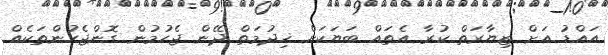
އައްޑު އަށް ޒިޔާރަތް ކުރާ އެތައް ބަޔަކަށް ޚިދުމަތް ދޭން ޖެހުމުން ގޮންޖެހުންތަކެއް